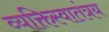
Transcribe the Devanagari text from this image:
व्यक्तिस्वातंत्रय